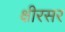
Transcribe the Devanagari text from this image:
क्षीरसर